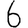
Digit: 6